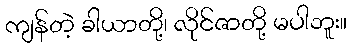
ကျန်တဲ့ ခါယာတို့၊ လိုင်ဇာတို့ မပါဘူး။